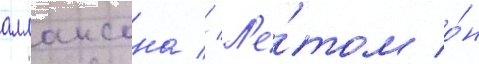
аллансона // Л'е́том о́н